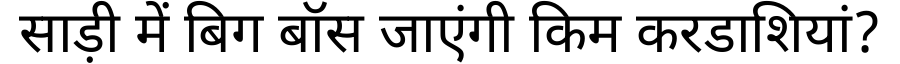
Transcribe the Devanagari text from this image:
साड़ी में बिग बॉस जाएंगी किम करडाशियां?